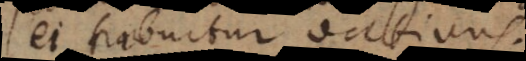
ei tribuitur dativus.